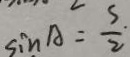
\sin A = \frac { s } { 2 }